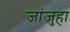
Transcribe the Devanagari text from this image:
जांजुहा